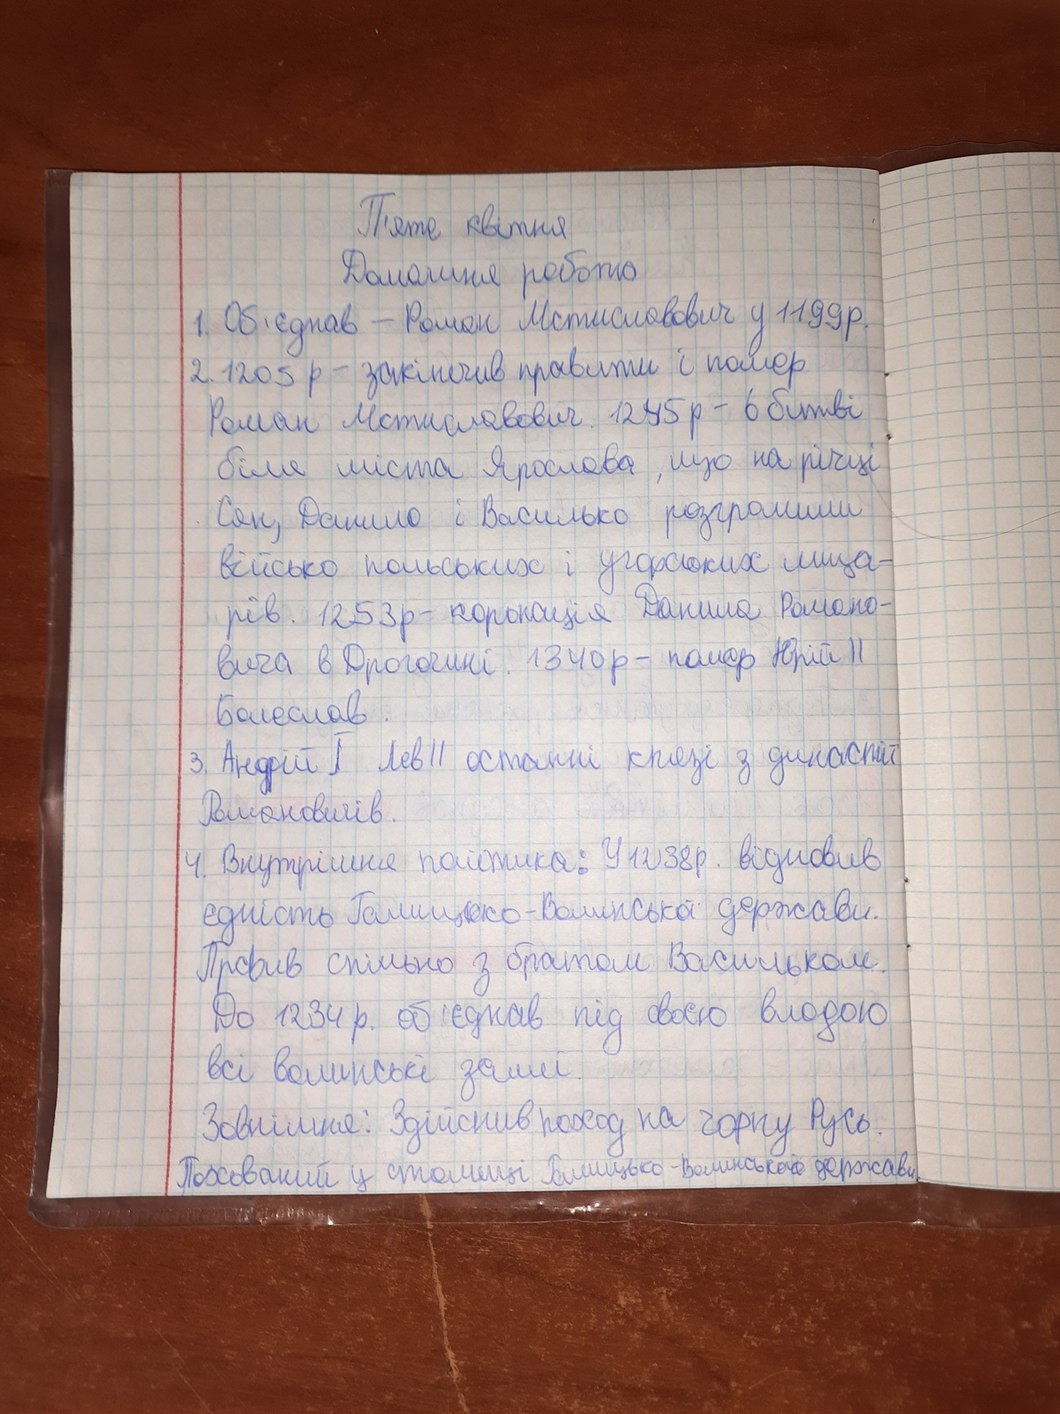
П'яте квітня
Домашня робота
1. Об'єднав — Роман Мстиславович у 1199р.
2. 1205 р. — закінчив правити і помер
Роман Мстиславич. 1245 р - в битві
біля міста Ярослава, що на річці
Сян, Данило і Василько розгромили
військо польських і угорських лица-
рів. 1253 р. - коронація Данила Романо-
вича в Дрогобичі. 1340 р. — помер Юрій II
Болелав.
3. Андрій I Лев II останні князі з династії
Романовичів.
4. Внутрішнє політика: У 1238р. відновив
єдність Галицько-Волинської держави.
Правив спільно з братом Васильком.
До 1234 р. об'єднав під своєю владою
всі волинські землі.
Зовнішня: Здійснив поход на чорну Русь.
Похований у столиці Галицько-Волинської держави.